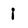
Character: i